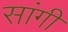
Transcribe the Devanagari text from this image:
सांगी